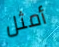
أمثل